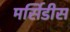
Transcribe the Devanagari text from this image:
मर्सिडीस